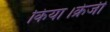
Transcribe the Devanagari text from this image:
किया।क्रेजी